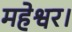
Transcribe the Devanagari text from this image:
महेश्वर।